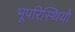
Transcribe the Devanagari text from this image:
भूपरिस्थियों